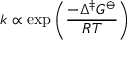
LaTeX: k \propto \exp \left( { \frac { - \Delta ^ { \ddagger } G ^ { \ominus } } { R T } } \right)